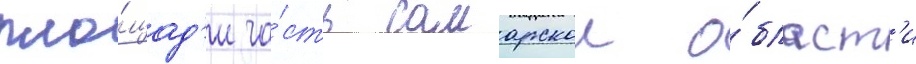
пло́щад'и ча́сть самарскои о́бласт'и